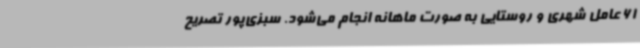
61 عامل شهری و روستایی به صورت ماهانه انجام می‌شود. سبزی‌پور تصریح